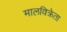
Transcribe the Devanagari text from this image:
मालविक्रेता